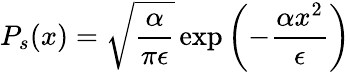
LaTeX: P_{s}(x)=\sqrt{\frac{\alpha}{\pi\epsilon}}\exp\left({-\frac{\alpha x^{2}}{\epsilon}}\right)